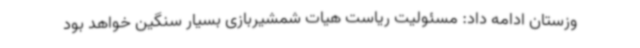
وزستان ادامه داد: مسئولیت ریاست هیات شمشیربازی بسیار سنگین خواهد بود